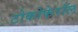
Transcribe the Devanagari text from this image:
टोकोफेरॉल